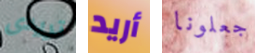
تريدى أريد جعلونا